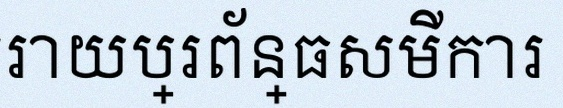
ដោះស្រាយប្រព័ន្ធសមីការ